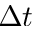
\Delta t